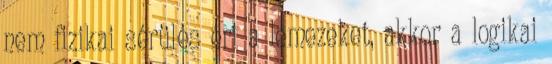
nem fizikai sérülés éri a lemezeket, akkor a logikai